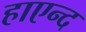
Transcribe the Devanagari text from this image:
हाएन्द